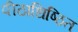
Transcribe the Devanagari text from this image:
पीठाधिष्ठित